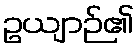
ဥယျာဉ်၏